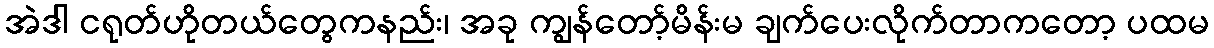
အဲဒါ ငရုတ်ဟိုတယ်တွေကနည်း၊ အခု ကျွန်တော့်မိန်းမ ချက်ပေးလိုက်တာကတော့ ပထမ